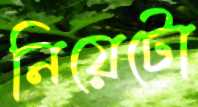
নিয়েটো